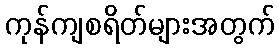
ကုန်ကျစရိတ်များအတွက်